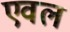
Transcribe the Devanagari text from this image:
एवल